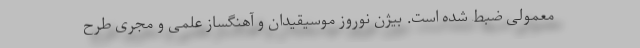
معمولی ضبط شده است. بیژن نوروز موسیقیدان و آهنگساز علمی و مجری طرح